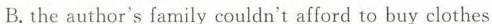
B.the author's family couldn t anord to buy clothes